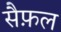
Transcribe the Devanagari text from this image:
सैफ़ल